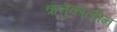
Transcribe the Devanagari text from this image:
ऋतुकालीन